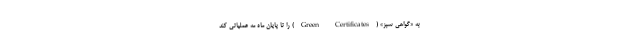
به «گواهی سبز» (Green Certificates) را تا پایان ماه مه عملیاتی کند